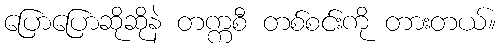
ပြောပြောဆိုဆိုနဲ တက္ကစီ တစ်စင်းကို တားတယ်။